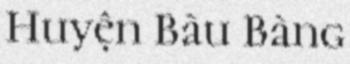
Huyện Bàu Bàng